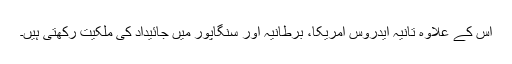
اس کے علاوہ تانیہ ایدروس امریکا، برطانیہ اور سنگاپور میں جائیداد کی ملکیت رکھتی ہیں۔